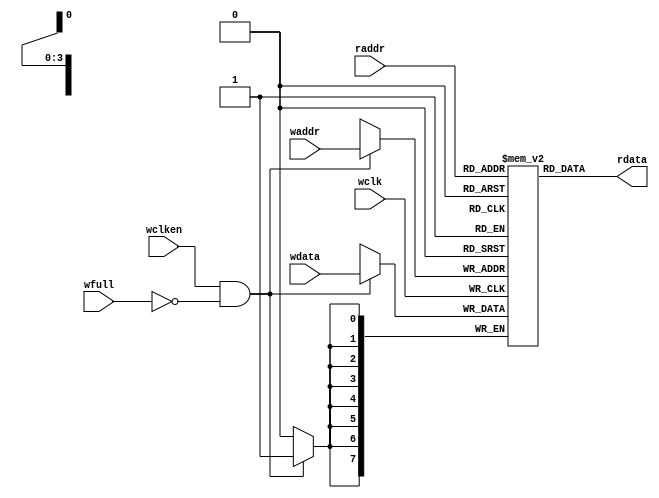
`timescale 1ns/1ps
module fifomem #(parameter DATASIZE = 8, // Memory data word width
                 parameter ADDRSIZE = 4) // Number of mem address bits
  (output [DATASIZE-1:0] rdata,
   input [DATASIZE-1:0] wdata,
   input [ADDRSIZE-1:0] waddr, raddr,
   input                wclken, wfull, wclk);

  localparam DEPTH = 1 << ADDRSIZE;
  reg [DATASIZE-1:0] mem [0:DEPTH-1];

  assign rdata = mem[raddr];

  always @(posedge wclk)
    if (wclken && !wfull) mem[waddr] <= wdata;

endmodule